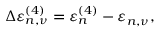
\Delta \varepsilon _ { n , \nu } ^ { ( 4 ) } = \varepsilon _ { n } ^ { ( 4 ) } - \varepsilon _ { n , \nu } ,